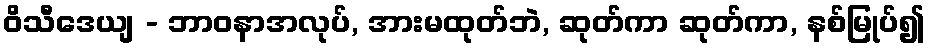
ဝိသီဒေယျ - ဘာဝနာအလုပ်, အားမထုတ်ဘဲ, ဆုတ်ကာ ဆုတ်ကာ, နစ်မြုပ်၍